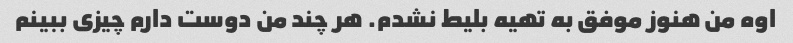
اوه من هنوز موفق به تهیه بلیط نشدم. هر چند من دوست دارم چیزی ببینم